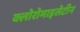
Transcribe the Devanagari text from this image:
क्लोरोमाइसेटीन